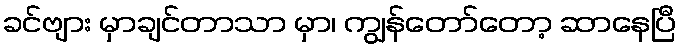
ခင်ဗျား မှာချင်တာသာ မှာ၊ ကျွန်တော်တော့ ဆာနေပြီ